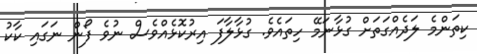
ކިތަންމެ ލަދެއްގަތަށް ގުޅާނަމޭ ހިތައެވެ. ގުޅާލާފަ އިރުކޮޅެއްވެސް ނުވެ ފޯން ނަގައި ކާކު